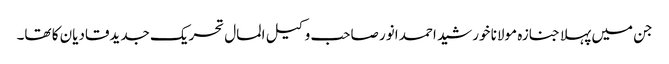
جن میں پہلا جنازہ مولانا خورشید احمد انور صاحب وکیل المال تحریک جدیدقادیان کا تھا۔